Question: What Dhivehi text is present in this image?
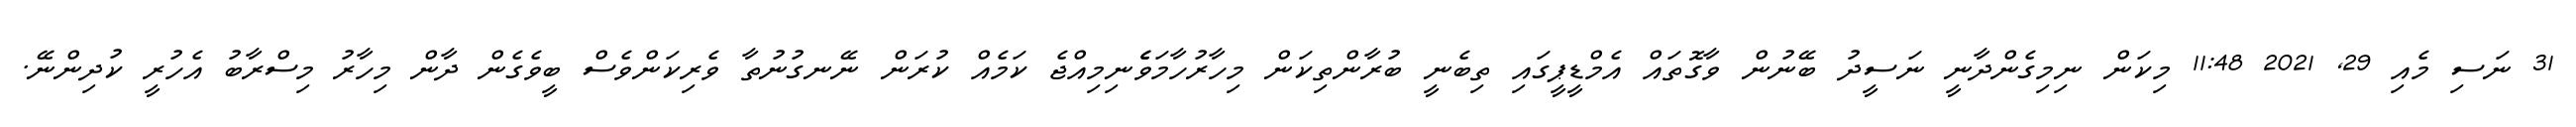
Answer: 31 ނަސި މެއި 29, 2021 11:48 މިކަން ނިމިގެންދާނީ ނަސީދު ބޭނުން ވާގޮތައް އެމްޑީޕީގައި ތިބެނީ ބުރާންތިކަން މިހާރުހާމަވެެނިމިއްޖެ ކަމެއް ކުރަން ނޭނގުނުތާ ވެރިކަންވެސް ބީވެގެން ދާން މިހާރު މިސްރާބު އެހުރީ ކުދިންނޭ.